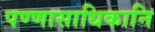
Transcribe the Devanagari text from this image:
पण्णासाधिकानि